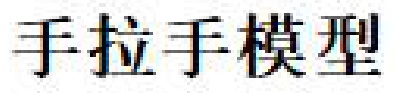
手拉手模型